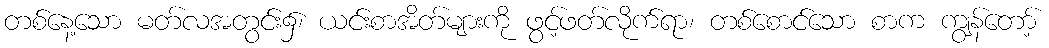
တစ်နေ့သော မတ်လအတွင်း၌၊ ယင်းစာအိတ်များကို ဖွင့်ဖတ်လိုက်ရာ၊ တစ်စောင်သော စာက ကျွန်တော့်